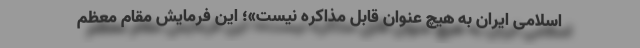
اسلامی ایران به هیچ عنوان قابل مذاکره نیست»؛ این فرمایش مقام معظم